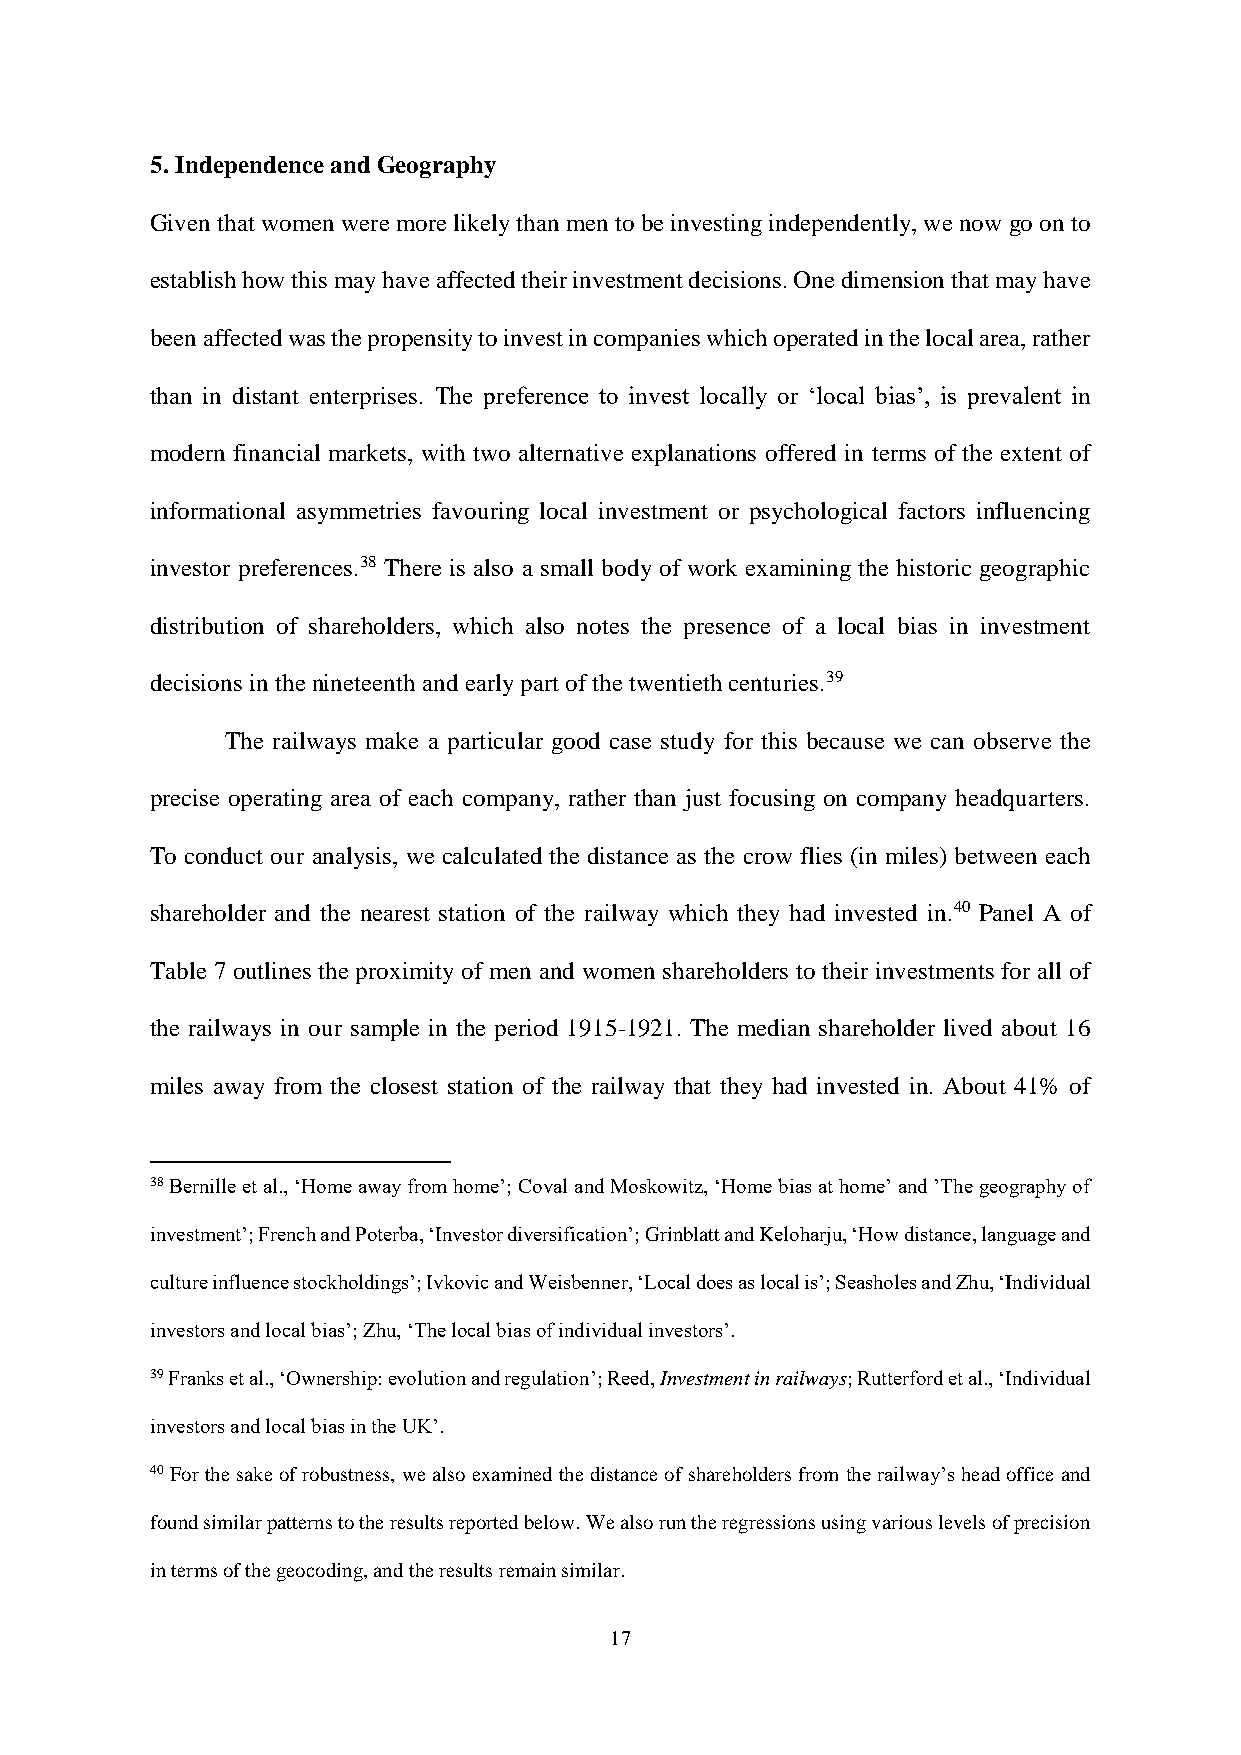
5. Independence and Geography
 Given that women were more likely than men to be investing independently, we now go on to
 establish how this may have affected their investment decisions. One dimension that may have
 been affected was the propensity to invest in companies which operated in the local area, rather
 than in distant enterprises. The preference to invest locally or ‘local bias’, is prevalent in
 modern financial markets, with two alternative explanations offered in terms of the extent of
 informational asymmetries favouring local investment or psychological factors influencing
 investor preferences.38 There is also a small body of work examining the historic geographic
 distribution of shareholders, which also notes the presence of a local bias in investment
 decisions in the nineteenth and early part of the twentieth centuries.39
 The railways make a particular good case study for this because we can observe the
 precise operating area of each company, rather than just focusing on company headquarters.
 To conduct our analysis, we calculated the distance as the crow flies (in miles) between each
 shareholder and the nearest station of the railway which they had invested in.40 Panel A of
 Table 7 outlines the proximity of men and women shareholders to their investments for all of
 the railways in our sample in the period 1915-1921. The median shareholder lived about 16
 miles away from the closest station of the railway that they had invested in. About 41% of
 38 Bernille et al., ‘Home away from home’; Coval and Moskowitz, ‘Home bias at home’ and ’The geography of
 investment’; French and Poterba, ‘Investor diversification’; Grinblatt and Keloharju, ‘How distance, language and
 culture influence stockholdings’; Ivkovic and Weisbenner, ‘Local does as local is’; Seasholes and Zhu, ‘Individual
 investors and local bias’; Zhu, ‘The local bias of individual investors’.
 39 Franks et al., ‘Ownership: evolution and regulation’; Reed, Investment in railways; Rutterford et al., ‘Individual
 investors and local bias in the UK’.
 40 For the sake of robustness, we also examined the distance of shareholders from the railway’s head office and
 found similar patterns to the results reported below. We also run the regressions using various levels of precision
 in terms of the geocoding, and the results remain similar.
 17